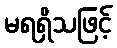
မရရှိသဖြင့်